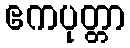
ဧကပုတ္တာ